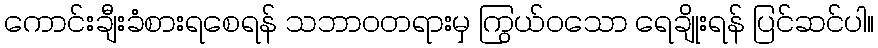
ကောင်းချီးခံစားရစေရန် သဘာဝတရားမှ ကြွယ်ဝသော ရေချိုးရန် ပြင်ဆင်ပါ။